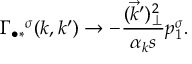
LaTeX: \Gamma _ { \bullet \ast } ^ { ~ ~ \sigma } ( k , k ^ { \prime } ) \rightarrow - { \frac { ( \vec { k } ^ { \prime } ) _ { \perp } ^ { 2 } } { \alpha _ { k } s } } p _ { 1 } ^ { \sigma } .